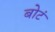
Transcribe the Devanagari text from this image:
बोटं